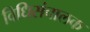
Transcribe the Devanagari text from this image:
विधिसंचालक